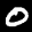
Label: 0